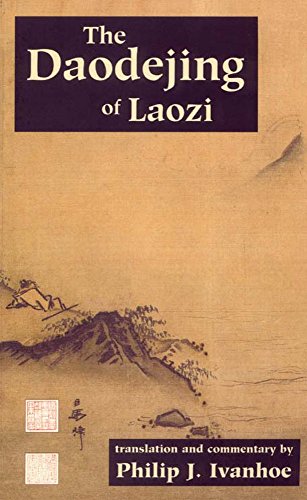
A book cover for The Daodejing of Laozi (Hackett Classics); Laozi; Religion & Spirituality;